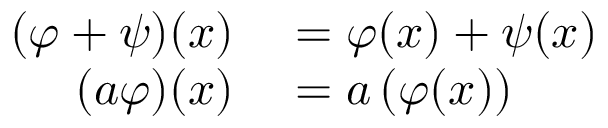
\begin{array} { r l } { ( \varphi + \psi ) ( x ) } & { { } = \varphi ( x ) + \psi ( x ) } \\ { ( a \varphi ) ( x ) } & { { } = a \left( \varphi ( x ) \right) } \end{array}